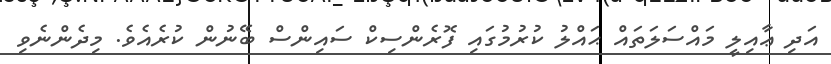
އަދި ޢާއިލީ މައްސަލަތައް ޙައްލު ކުރުމުގައި ފޮރެންސިކް ސައިންސް ބޭނުން ކުރެއެވެ. މިދެންނެވި